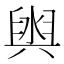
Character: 𮍮